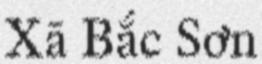
Xã Bắc Sơn